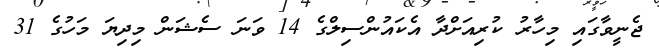
ޖެނީވާގައި މިހާރު ކުރިއަށްދާ އެކައުންސިލްގެ 14 ވަނަ ސެޝަން މިދިޔަ މަހުގެ 31